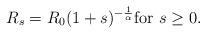
LaTeX: \begin{align*}R_s = R_0 (1+s)^{-\frac{1}{\alpha}}\mbox{for } s\geq 0.\end{align*}